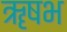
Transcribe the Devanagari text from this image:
ॠषभ